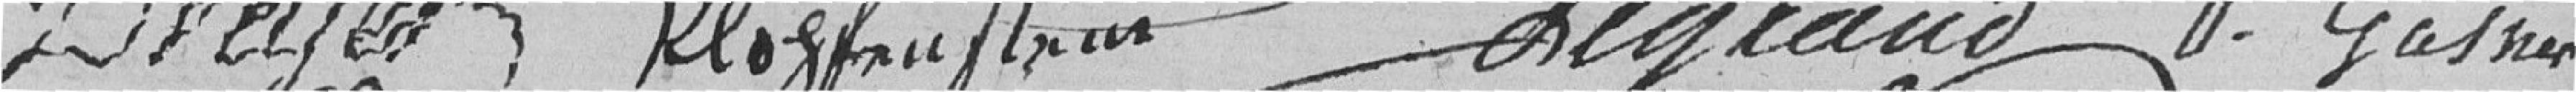
Dreyer              Klopfenstein           Legrand          Gasner